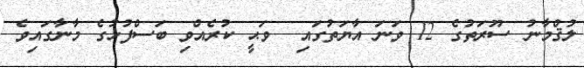
ލުޤްމާނު ސޫރަތުގެ 12 ވަނަ އާޔަތުގައި  ވަޙީ ކުރެއްވި ބަސްފުޅުގެ މާނާގައިވެ